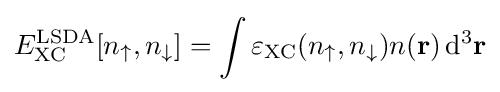
E_{\text{XC}}^{\text{LSDA}}[n_{\uparrow },n_{\downarrow }]=\int \varepsilon _{\text{XC}}(n_{\uparrow },n_{\downarrow })n(\mathbf {r} )\,\mathrm {d} ^{3}\mathbf {r}